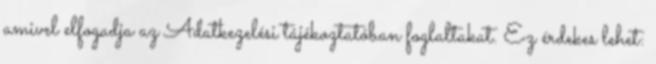
amivel elfogadja az Adatkezelési tájékoztatóban foglaltakat. Ez érdekes lehet: